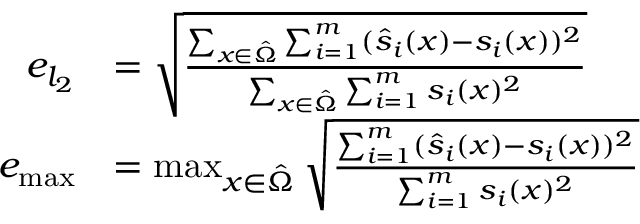
\begin{array} { r l } { e _ { l _ { 2 } } } & { = \sqrt { \frac { \sum _ { x \in \hat { \Omega } } \sum _ { i = 1 } ^ { m } ( \hat { s } _ { i } ( x ) - s _ { i } ( x ) ) ^ { 2 } } { \sum _ { x \in \hat { \Omega } } \sum _ { i = 1 } ^ { m } s _ { i } ( x ) ^ { 2 } } } } \\ { e _ { \operatorname* { m a x } } } & { = \operatorname* { m a x } _ { x \in \hat { \Omega } } \sqrt { \frac { \sum _ { i = 1 } ^ { m } ( \hat { s } _ { i } ( x ) - s _ { i } ( x ) ) ^ { 2 } } { \sum _ { i = 1 } ^ { m } s _ { i } ( x ) ^ { 2 } } } } \end{array}